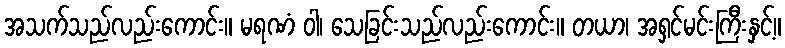
အသက်သည်လည်းကောင်း။ မရဏံ ဝါ၊ သေခြင်းသည်လည်းကောင်း။ တယာ၊ အရှင်မင်းကြီးနှင့်။